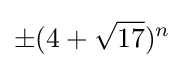
\pm (4+{\sqrt {17}})^{n}